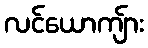
လင်ယောကျ်ား